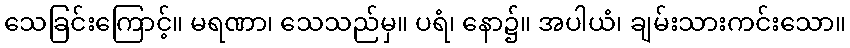
သေခြင်းကြောင့်။ မရဏာ၊ သေသည်မှ။ ပရံ၊ နော၌။ အပါယံ၊ ချမ်းသားကင်းသော။